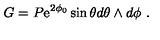
G = P { \mathrm { e } } ^ { 2 \phi _ { 0 } } \sin \theta d \theta \wedge d \phi \ .